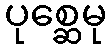
ပုစ္ဆေမု